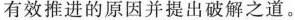
有效推进的原因并提出破解之道。